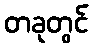
တခုတွင်